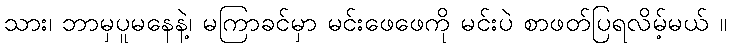
သား၊ ဘာမှပူမနေနဲ့၊ မကြာခင်မှာ မင်းဖေဖေကို မင်းပဲ စာဖတ်ပြရလိမ့်မယ် ။